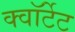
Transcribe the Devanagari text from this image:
क्वॉर्टेट